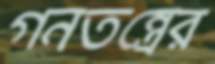
গনতন্ত্রের